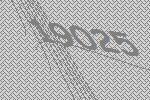
19025